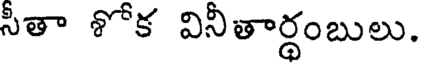
సీతా శోక వినీతార్థంబులు.